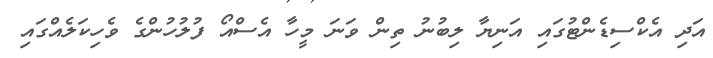
އަދި އެކްސިޑެންޓުގައި އަނިޔާ ލިބުނު ތިން ވަނަ މީހާ އެސްއޯ ފުލުހުންގެ ވެހިކަލެއްގައި